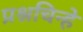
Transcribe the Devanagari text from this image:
प्रश्नचिन्हे